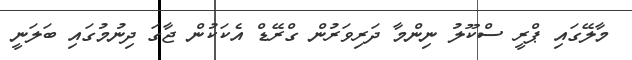
މާލޭގައި ޕްރީ ސްކޫލު ނިންމާ ދަރިވަރުން ގްރޭޑް އެކަކުން ޖާގަ ދިނުމުގައި ބަލަނީ